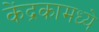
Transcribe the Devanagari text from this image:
केंद्रकामध्ये